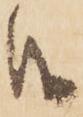
候